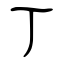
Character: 丁